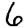
Digit: 6